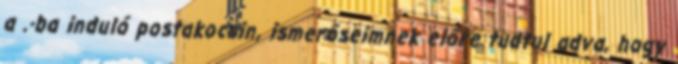
a .-ba induló postakocsin, ismerőseimnek előre tudtul adva, hogy